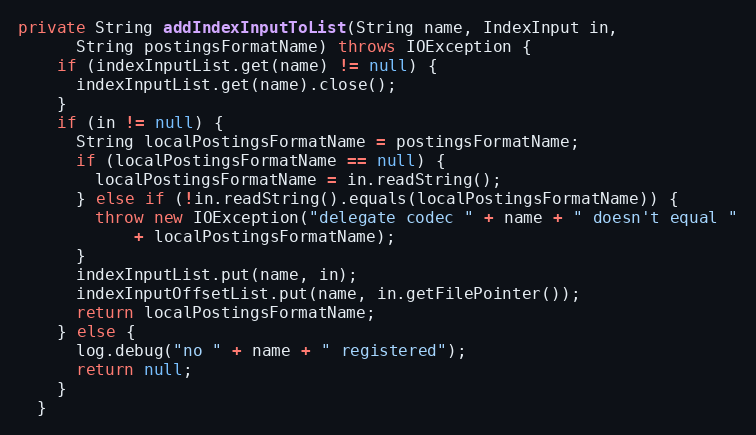
Language: Java
private String addIndexInputToList(String name, IndexInput in,
      String postingsFormatName) throws IOException {
    if (indexInputList.get(name) != null) {
      indexInputList.get(name).close();
    }
    if (in != null) {
      String localPostingsFormatName = postingsFormatName;
      if (localPostingsFormatName == null) {
        localPostingsFormatName = in.readString();
      } else if (!in.readString().equals(localPostingsFormatName)) {
        throw new IOException("delegate codec " + name + " doesn't equal "
            + localPostingsFormatName);
      }
      indexInputList.put(name, in);
      indexInputOffsetList.put(name, in.getFilePointer());
      return localPostingsFormatName;
    } else {
      log.debug("no " + name + " registered");
      return null;
    }
  }